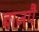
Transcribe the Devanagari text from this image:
बाजपै